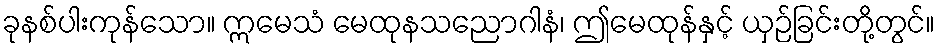
ခုနစ်ပါးကုန်သော။ ဣမေသံ မေထုနသညောဂါနံ၊ ဤမေထုန်နှင့် ယှဉ်ခြင်းတို့တွင်။